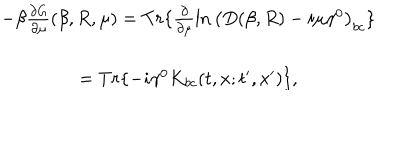
\begin{array} { c } { { - \beta \frac { \partial G } { \partial \mu } ( \beta , R , \mu ) = T r \{ \frac \partial { \partial \mu } \ln \left( D ( \beta , R ) - i \mu \gamma ^ { 0 } \right) _ { b c } \} } } \\ { { = T r \{ - i \gamma ^ { 0 } K _ { b c } ( t , x ; t ^ { \prime } , x ^ { \prime } ) \} , } } \\ \end{array}